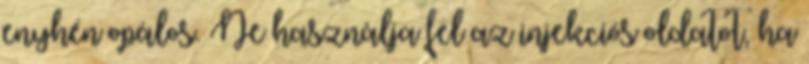
enyhén opálos. Ne használja fel az injekciós oldatot, ha